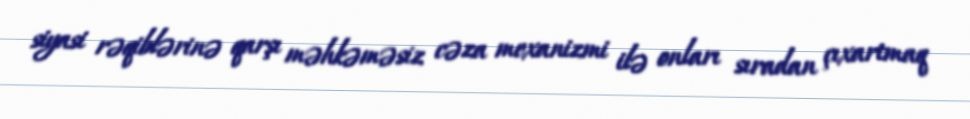
siyasi rəqiblərinə qarşı məhkəməsiz cəza mexanizmi ilə onları sıradan çıxartmaq